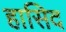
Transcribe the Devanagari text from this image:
हासिद